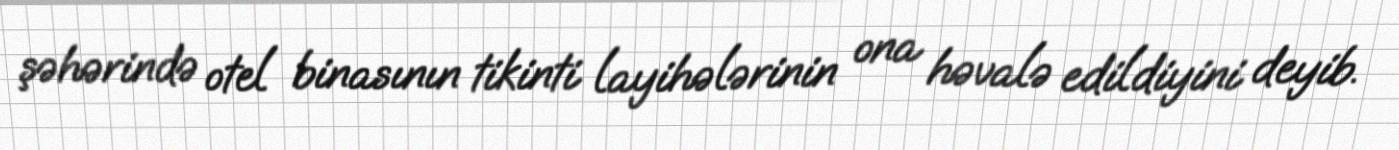
şəhərində otel binasının tikinti layihələrinin ona həvalə edildiyini deyib.